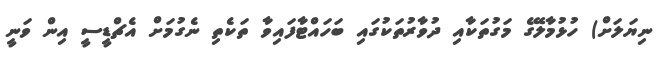
ނިޔަލަށް) ހުޅުމާލޭގެ މަގުތަކާއި ދުވާރުތަކުގައި ބަހައްޓާފައިވާ ތަކެތި ނެގުމަށް އެޗްޑީސީ އިން ވަނީ